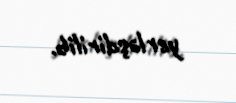
yerləşdirilib.